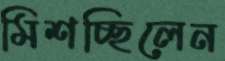
মিশচ্ছিলেন